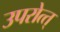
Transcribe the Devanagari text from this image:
उपरोत्त्